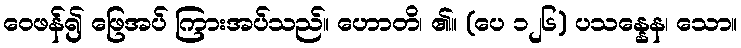
ဝေဖန်၍ ဖြေအပ် ကြားအပ်သည်။ ဟောတိ၊ ၏။ (ပေ ၁၂၆) ပသန္နေန၊ သော။